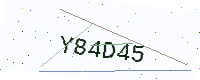
Text: Y84D45